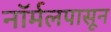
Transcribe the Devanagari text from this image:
नॉर्मलपासून